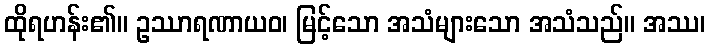
ထိုရဟန်း၏။ ဥဿာရဏာယဝ၊ မြင့်သော အသံများသော အသံသည်။ အဿ၊